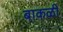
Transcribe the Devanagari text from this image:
बाकळी